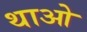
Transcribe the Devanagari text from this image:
थाओ